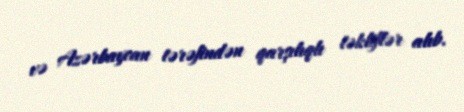
və Azərbaycan tərəfindən qarşılıqlı təkliflər alıb.